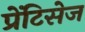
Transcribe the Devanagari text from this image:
प्रेंटिसेज